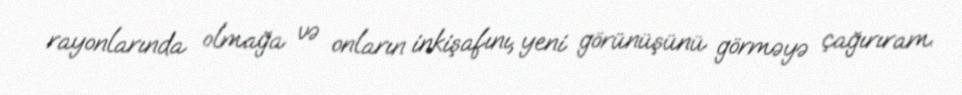
rayonlarında olmağa və onların inkişafını, yeni görünüşünü görməyə çağırıram.